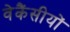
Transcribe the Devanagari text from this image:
वेकैंसीयों